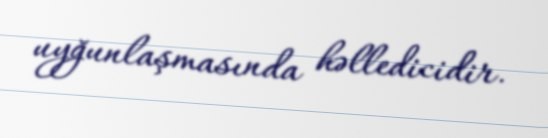
uyğunlaşmasında həlledicidir.